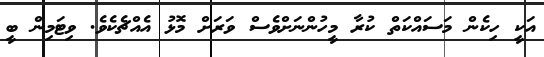
އަކީ ހިކެން މަސައްކަތް ކުރާ މީހުންނަށްވެސް ވަރަށް މޮޅު އެއްޗެކެވެ. ވިޓަމިން ބީ